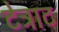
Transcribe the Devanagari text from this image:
टेट्राट